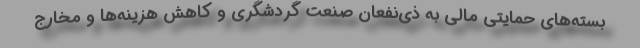
بسته‌های حمایتی مالی به ذی‌نفعان صنعت گردشگری و کاهش هزینه‌ها و مخارج